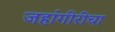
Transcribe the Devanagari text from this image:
जहांगीरीचा